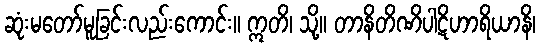
ဆုံးမတော်မူခြင်းလည်းကောင်း။ ဣတိ၊ သို့။ တာနိတိဏိပါဋိဟာရိယာနိ၊